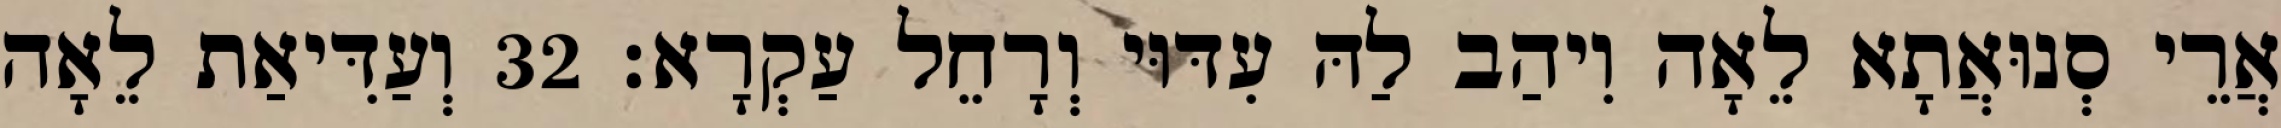
אֲרֵי סְנוּאֲתָא לֵאָה וִיהַב לַהּ עִדּוּי וְרָחֵל עַקְרָא׃ 32 וְעַדִּיאַת לֵאָה